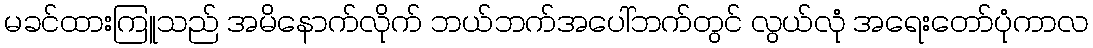
မခင်ထားကြူသည် အမိနောက်လိုက် ဘယ်ဘက်အပေါ်ဘက်တွင် လွယ်လုံ အရေးတော်ပုံကာလ